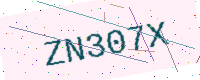
Text: ZN307X